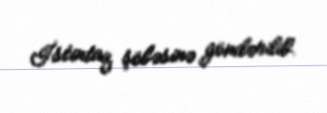
İstintaq şöbəsinə göndərilib.